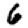
Digit: 6